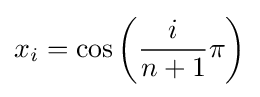
x_{i}=\cos \left({\frac {i}{n+1}}\pi \right)